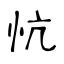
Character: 忼